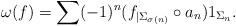
LaTeX: \begin{align*}\omega(f) =\sum (-1)^n ( f_{|\Sigma_{\sigma(n)}}\circ a_n) 1_{\Sigma_n}.\end{align*}